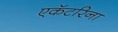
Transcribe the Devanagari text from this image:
एकॅटरिना